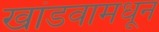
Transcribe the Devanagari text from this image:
खांडवामधून